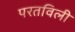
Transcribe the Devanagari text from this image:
परतविली